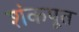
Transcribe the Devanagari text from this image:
शंकपूत